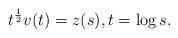
LaTeX: \begin{align*} t^{\frac {1} {2}} v (t)=z (s), t = \log s .\end{align*}